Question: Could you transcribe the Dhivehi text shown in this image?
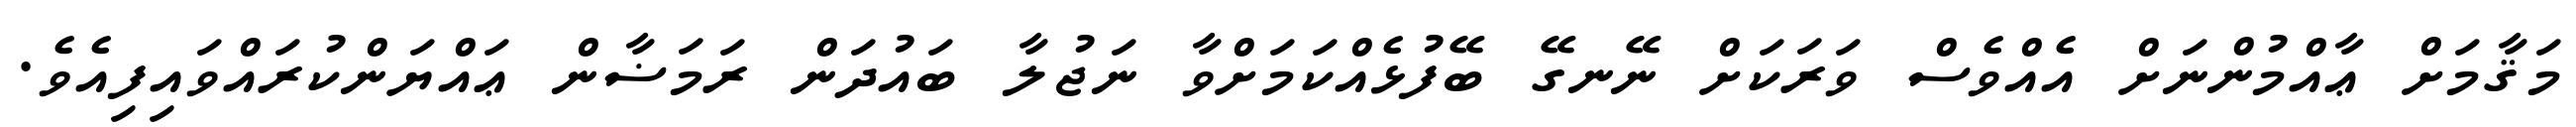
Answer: މަޤާމަށް ޢާއްމުންނަށް އެއްވެސް ވަރަކަށް ނޭނގޭ ބޭފުޅެއްކަމަށްވާ ނަޖުލާ ބައުދަން ރަމަޟާން ޢައްޔަންކުރައްވައިފިއެވެ.